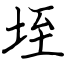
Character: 垤